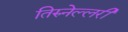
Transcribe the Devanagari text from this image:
तिरुनेल्लरी